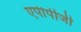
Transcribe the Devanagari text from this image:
एपीपीजी